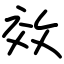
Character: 效